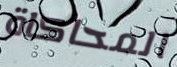
المحاكاة